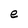
Character: e